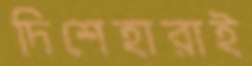
দিশেহারাই